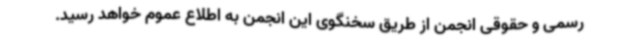
رسمی و حقوقی انجمن از طریق سخنگوی این انجمن به اطلاع عموم خواهد رسید.